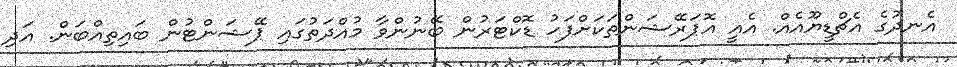
އެނދުގެ އެޗްޑީޔޫއެއް. އެއީ އޮޕަރޭޝަންތަކަށްފަހު ޑޮކްޓަރުން ބޭނުންވާ މުއްދަތުގައި ޕޭޝަންޓުން ބައިތިއްބަން. އަދި